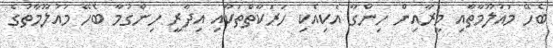
ބެހޭ މައުލޫމާތާއި މީރާއިން ހިންގާ އެކިއެކި ހަރަކާތްތަކާއި އިދާރީ ހިންގުމާ ބެހޭ މައުލޫމާތުގެ